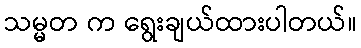
သမ္မတ က ရွေးချယ်ထားပါတယ်။